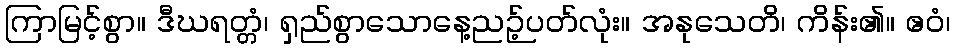
ကြာမြင့်စွာ။ ဒီဃရတ္တံ၊ ရှည်စွာသောနေ့ညဉ့်ပတ်လုံး။ အနုသေတိ၊ ကိန်း၏။ ဧဝံ၊